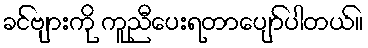
ခင်ဗျားကို ကူညီပေးရတာပျော်ပါတယ်။